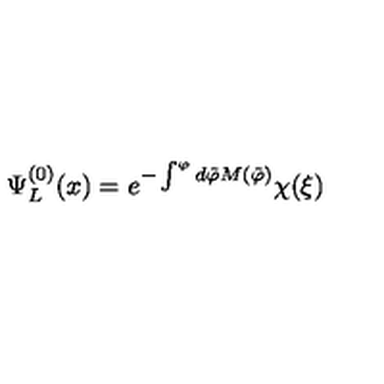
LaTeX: \Psi _ { L } ^ { ( 0 ) } ( x ) = e ^ { - \int ^ { \varphi } d { \tilde { \varphi } } M ( { \tilde { \varphi } } ) } \chi ( \xi )